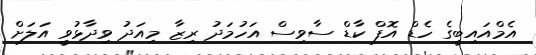
އެމްއައިބީގެ ހެޑް އޮފް ކާޑް ސާވިސް އަހުމަދު ރިޒާ މިއަދު ވިދާޅުވީ އަލަށް